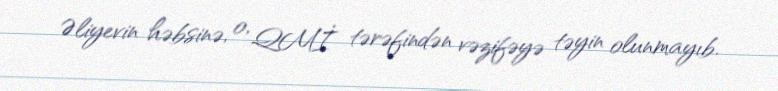
Əliyevin həbsinə, o, QMİ tərəfindən vəzifəyə təyin olunmayıb.